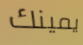
يمينك